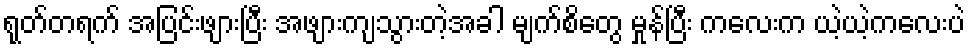
ရုတ်တရက် အပြင်းဖျားပြီး အဖျားကျသွားတဲ့အခါ မျက်စိတွေ မှုန်ပြီး ကလေးက ယဲ့ယဲ့ကလေးပဲ